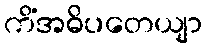
ကိံအဓိပတေယျာ